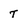
Character: t